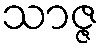
သာဇ္ဇ